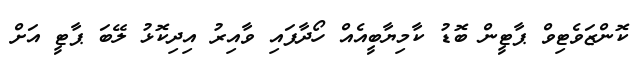
ކޮންޒަވެޓިވް ޕާޓީން ބޮޑު ކާމިޔާބީއެއް ހޯދާފައި ވާއިރު އިދިކޮޅު ލޭބަ ޕާޓީ އަށް